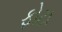
ફોટા